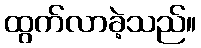
ထွက်လာခဲ့သည်။